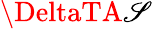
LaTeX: \DeltaTA\mathscr{S}